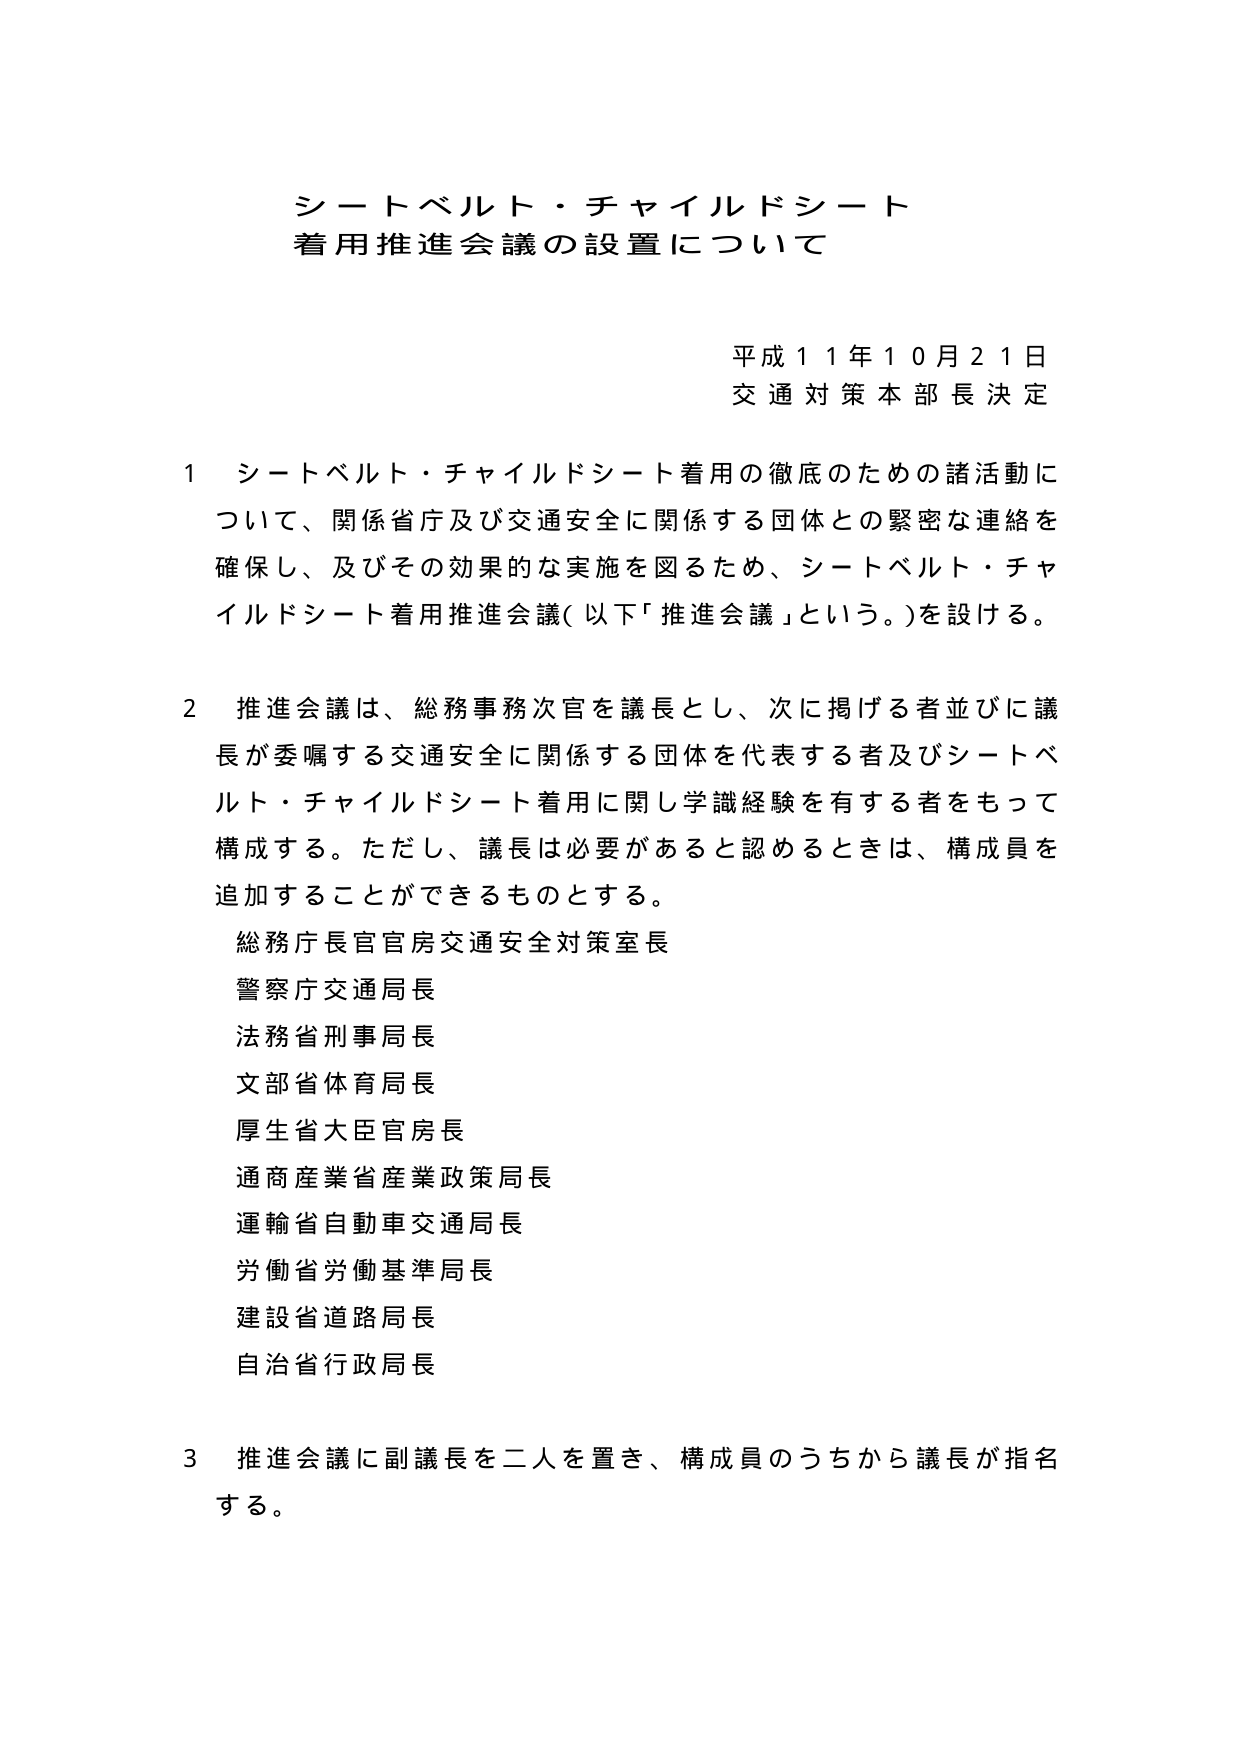
シートベルト・チャイルドシート
着用推進会議の設置について

平成１１年１０月２１日
交通対策本部長決定

１ シートベルト・チャイルドシート着用の徹底のための諸活動について、関係省庁及び交通安全に関係する団体との緊密な連絡を確保し、及びその効果的な実施を図るため、シートベルト・チャイルドシート着用推進会議（以下「推進会議」という。）を設ける。

２ 推進会議は、総務事務次官を議長とし、次に掲げる者並びに議長が委嘱する交通安全に関係する団体を代表する者及びシートベルト・チャイルドシート着用に関し学識経験を有する者をもって構成する。ただし、議長は必要があると認めるときは、構成員を追加することができるものとする。
総務庁長官官房交通安全対策室長
警察庁交通局長
法務省刑事局長
文部省体育局長
厚生省大臣官房長
通商産業省産業政策局長
運輸省自動車交通局長
労働省労働基準局長
建設省道路局長
自治省行政局長

３ 推進会議に副議長を二人を置き、構成員のうちから議長が指名する。